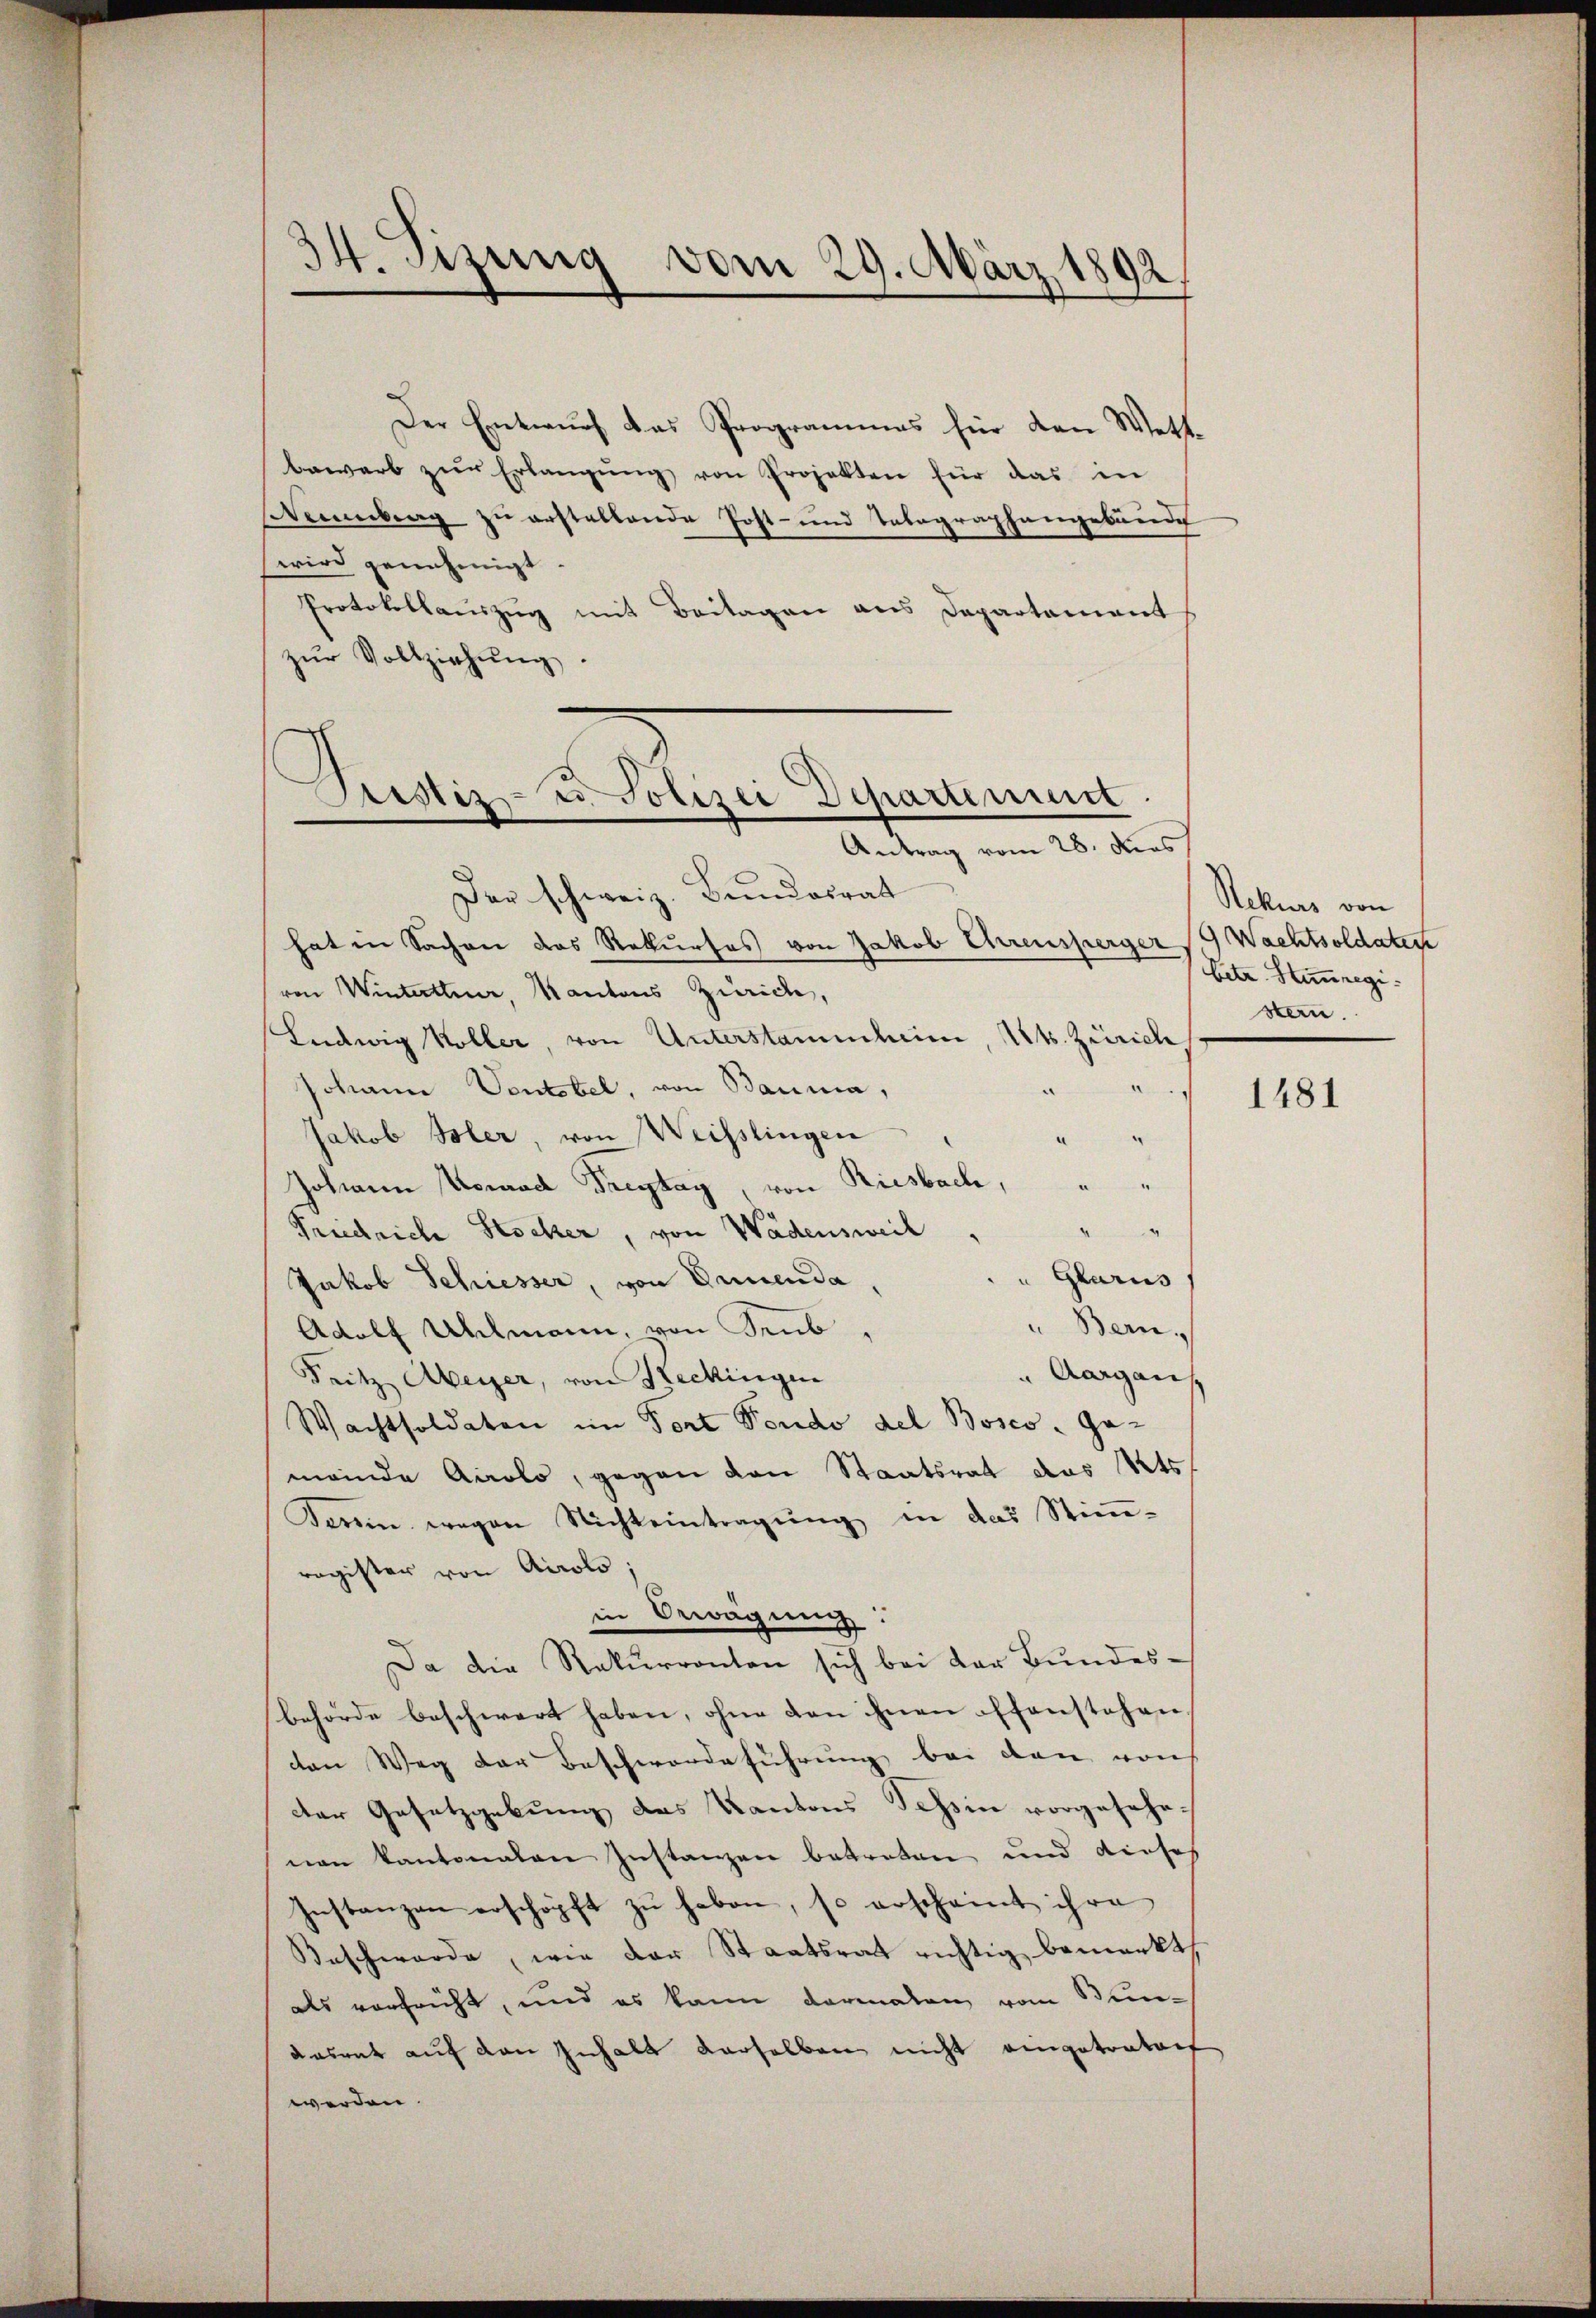
34. Sizung vom 29. März 1892

Der Entwurf das Programmes für den Wettbewarb zŭr Erlangŭng von Projekten für das in
Stammberg zu erstellende Post- und Telegraphangebäude
wird genehmigt.
Protokollaŭszŭg mit Beilagen ans Departament
zur Vollziehung
.
Der schweiz. Bundesrat
hat in Sachen das Rekurses von Jakob Ehrensperger Wachtsoldatent
von Wintertheuer, Kantons Zürich,
Ludwig Koller, von Unterstammheim, Kts. Zürich,
¬
Johann Vontobel, von Bauma,
a
Jakob Isler, von Weisslingen
e
Johann Nomad Freytag, von Riesbach, " "

Friedriche Stocker, von Wädensweil
u Glarus
Jakob Schiesser, von Innenda
" Bern,
Adolf Uhlmann, von Trub,
" Aargau
Fritz Abeyer, von Reckingen
Wachtsoldaten im Fort Fondo del Boses Ge-
meinde Airolo, gegen den Staatsrat das Kts
Terin wegen Nichteintragung in das Stimm-
ragister von Airolo;
in Erwägung
d
Da die Rekurrenten sich bei der Bundesbehörde beschwert haben, ohne dan ihnen offenstehen
con Weg der Beschwerdeführung bei den von
der Gesetzgebung des Kantons Schin vorgesehenen kantonalen Instanzen betreten und dieses
Instanzen erschöpft zŭ haben, so erscheint ihre
Beschwerde, wie der Staatsrat richtig bemerkt,
als verfrüht, und es kann darmalen vom Bundasrat auf den Inhalt derselben nicht eingetratort
werden.

Sistiz- & Polizei Departement
Antrag vom 28. dies

Rekurs von
betr. Stimmregi
stern.

1481